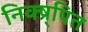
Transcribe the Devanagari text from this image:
निक्ष्र्पित